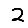
Digit: 2